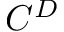
C ^ { D }